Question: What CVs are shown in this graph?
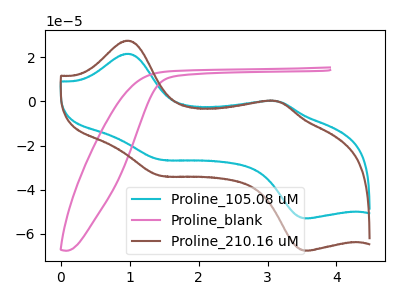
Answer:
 <answer>The cyan curve is labeled "Proline_105.08 uM". The pink curve is labeled "Proline_blank". The brown curve is labeled "Proline_210.16 uM".</answer>
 <eval></eval>